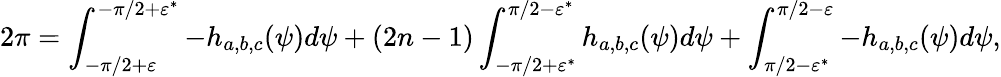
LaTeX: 2\pi=\int_{-\pi/2+\varepsilon}^{-\pi/2+\varepsilon^{*}}-h_{a,b,c}(\psi)d\psi+(2n-1)\int_{-\pi/2+\varepsilon^{*}}^{\pi/2-\varepsilon^{*}}h_{a,b,c}(\psi)d\psi+\int_{\pi/2-\varepsilon^{*}}^{\pi/2-\varepsilon}-h_{a,b,c}(\psi)d\psi,